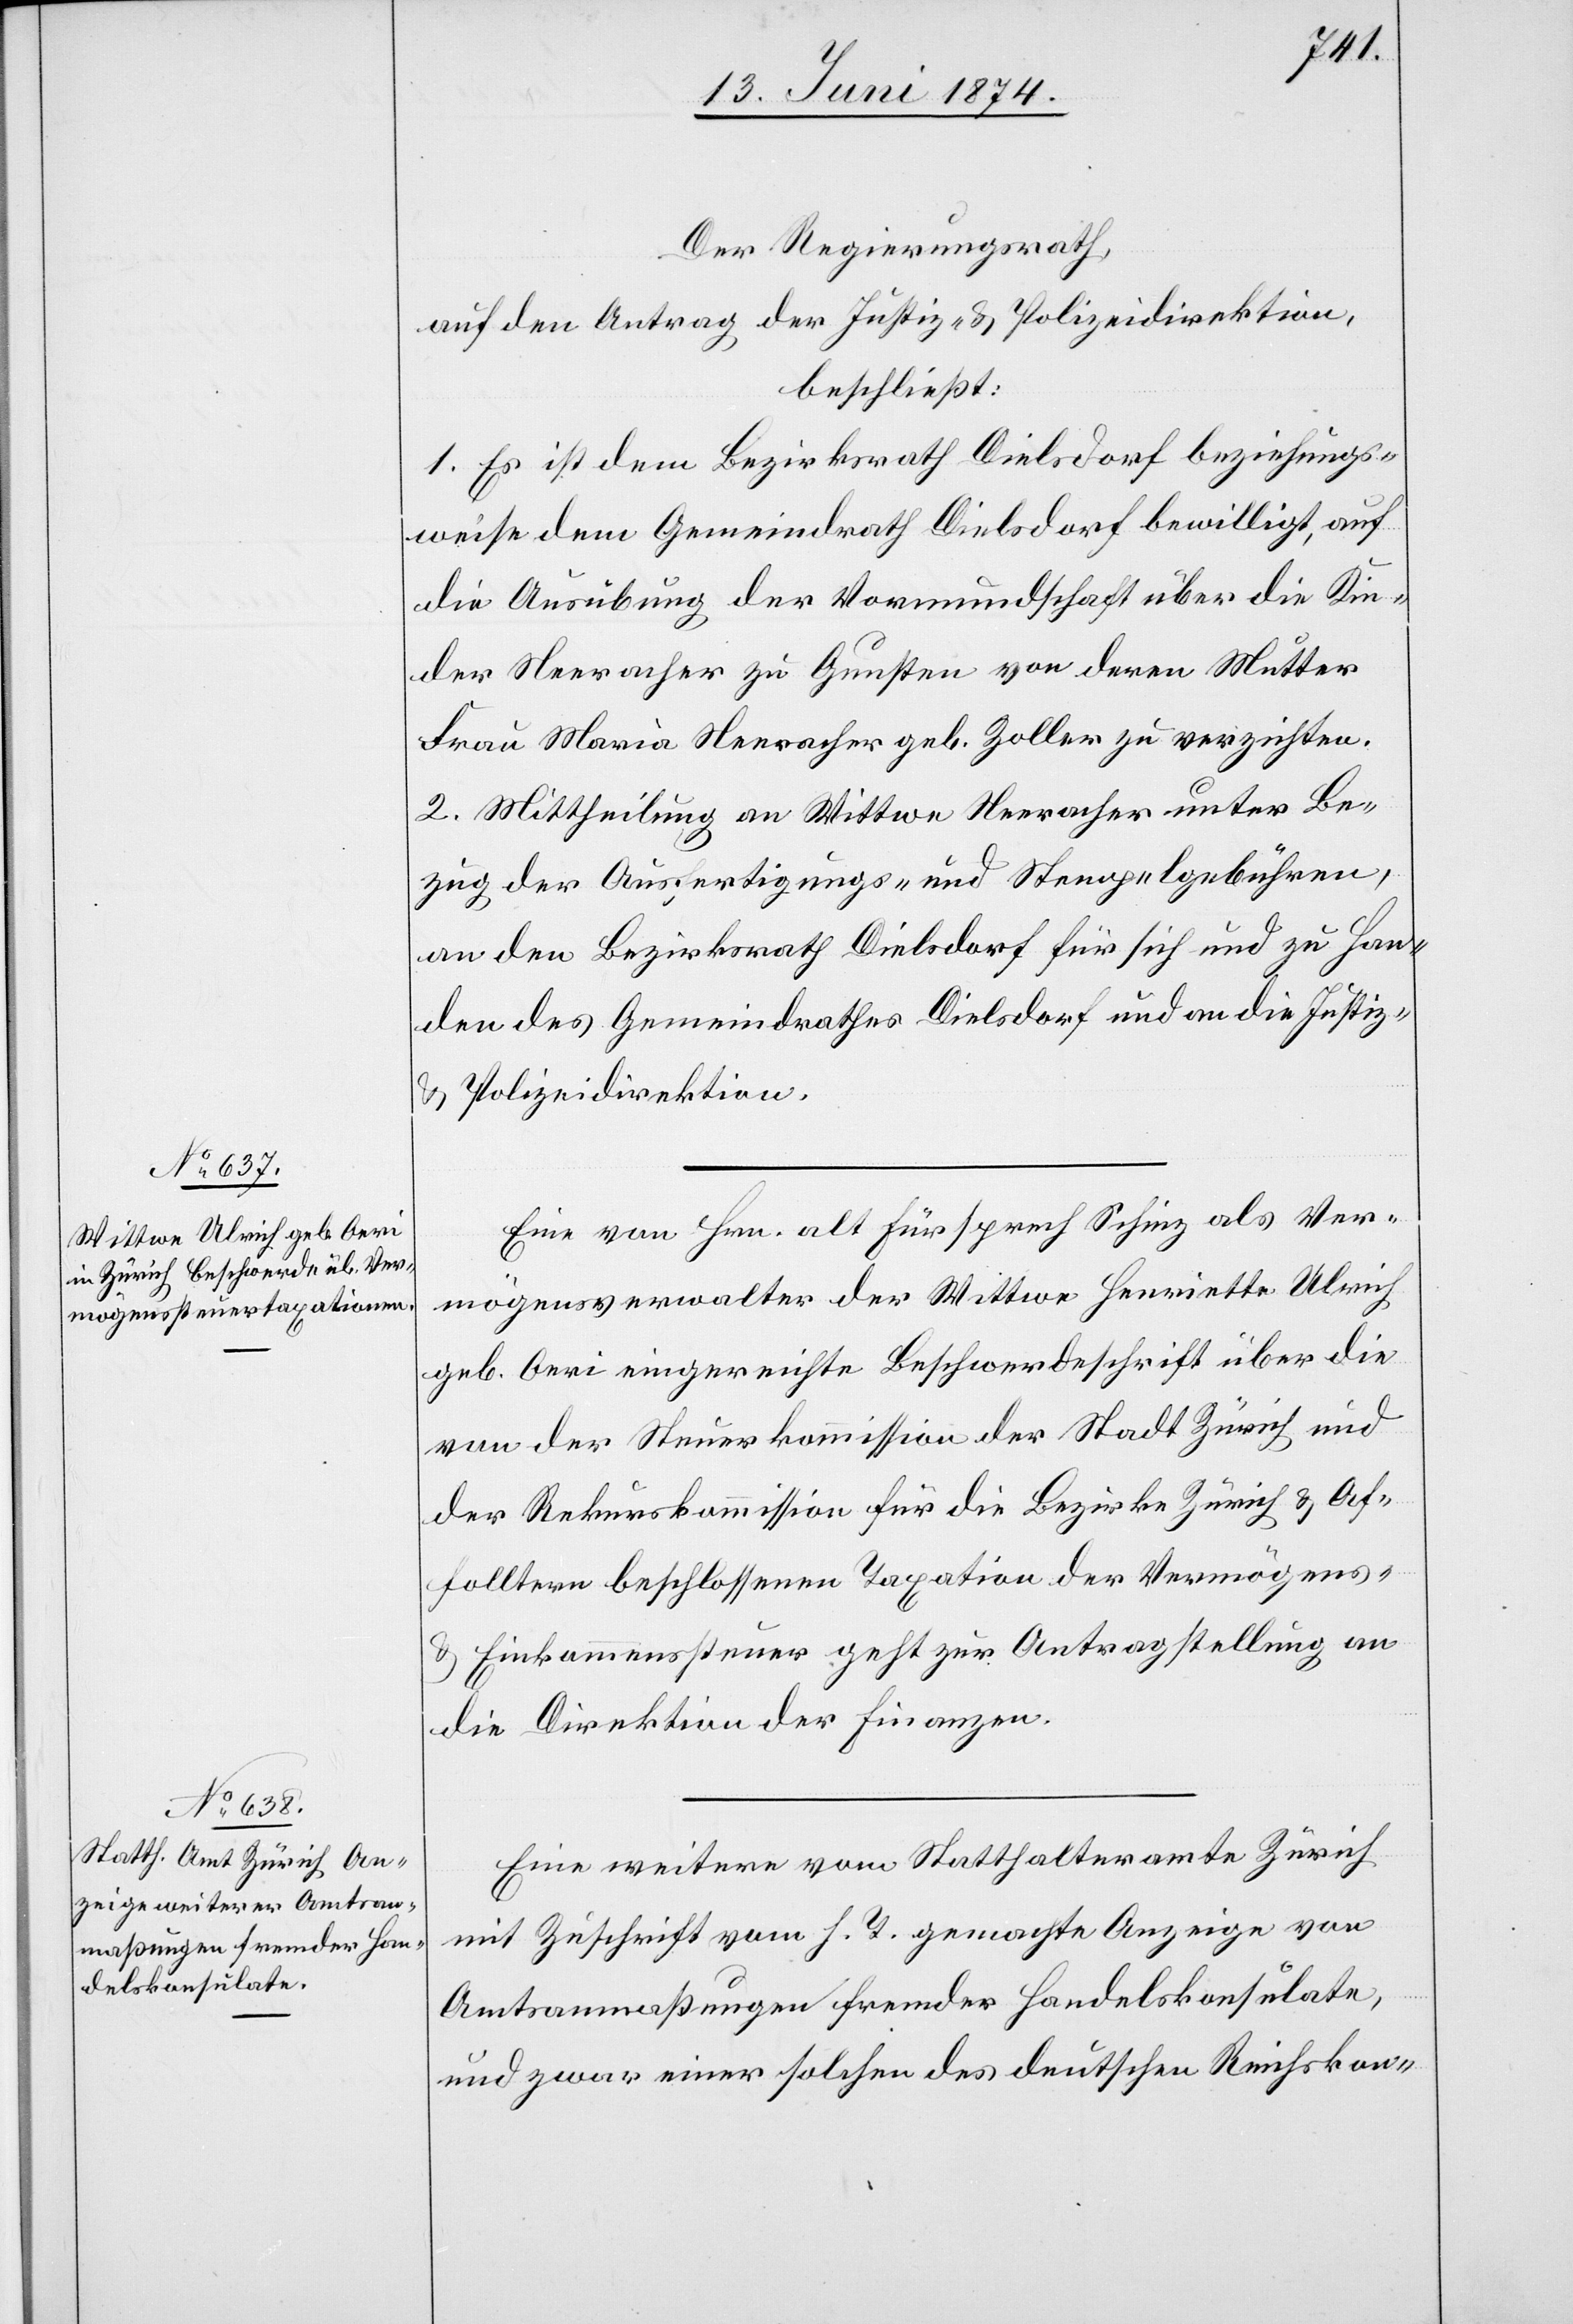
19. Juni 1874.]
Der Regierungsrath,
auf den Antrag der Justiz- u. Polizeidirektion,
beschließt:
1. Es ist dem Bezirksrath Dielsdorf beziehungs¬
weise dem Gemeindrath Dielsdorf bewilligt, auf
die Ausübung der Vormundschaft über die Kin¬
der Neeracher zu Gunsten von deren Mutter
Frau Maria Neeracher geb. Zoller zu verzichten.
2. Mittheilung an Wittwe Neeracher unter Be¬
zug der Ausfertigungs- und Stempelgebühren,
an den Bezirksrath Dielsdorf für sich und zu Han¬
den des Gemeindrathes Dielsdorf und an die Justiz-
u. Polizeidirektion.
Eine von Hrn. alt Fürsprech Schinz als Ver¬
mögensverwalter der Wittwe Henriette Ulrich
geb. Oeri eingereichte Beschwerdeschrift über die
von der Steuerkommission der Stadt Zürich und
der Rekurskommission für die Bezirke Zürich u. Af¬
foltern beschlossenen Taxation der Vermögens-
u. Einkommenssteuer geht zur Antragstellung an
die Direktion der Finanzen.
Eine weitere vom Statthalteramte Zürich
mit Zuschrift vom h. T. gemachte Anzeige von
Amtsanmaßungen fremder Handelskonsulate,
und zwar einer solchen des deutschen Reichskon-